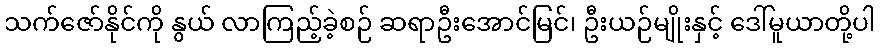
သက်ဇော်နိုင်ကို နွယ် လာကြည့်ခဲ့စဉ် ဆရာဦးအောင်မြင်၊ ဦးယဉ်မျိုးနှင့် ဒေါ်မူယာတို့ပါ